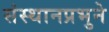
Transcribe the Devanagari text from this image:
संस्थानप्रभुने